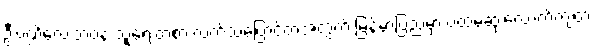
ဦးပဏ္ဍိလေးဘဝနဲ့ သူရေးတဲ့စာ လက်သံပြောင်တဲ့အတွက် မြန်မာပြည်မှာ ပထမဆုံးလောက်ကျတဲ့